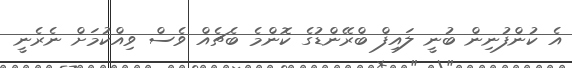
އެ ކުންފުނިން ބުނީ ލައިފް ބްރޭންޑުގެ ކޮންމެ ބެޗެއް ވެސް ވިއްކުމަށް ނެރެނީ